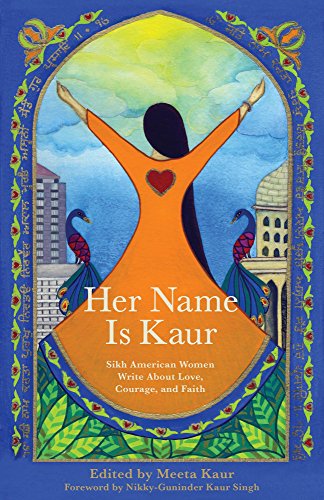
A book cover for Her Name Is Kaur: Sikh American Women Write about Love, Courage, and Faith; Religion & Spirituality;